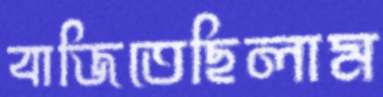
বাজিতেছিলাম